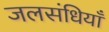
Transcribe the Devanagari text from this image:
जलसंधियाँ